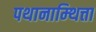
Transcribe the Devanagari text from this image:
पथानाम्थित्ता